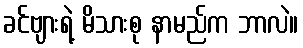
ခင်ဗျားရဲ့ မိသားစု နာမည်က ဘာလဲ။